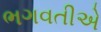
ભગવતીએ